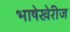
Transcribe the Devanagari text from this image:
भाषेखेरीज